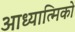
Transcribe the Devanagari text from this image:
आध्यात्मिको